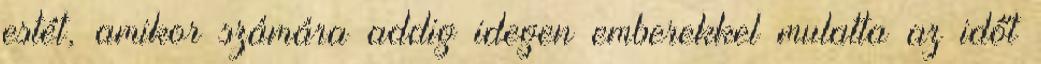
estét, amikor számára addig idegen emberekkel mulatta az időt